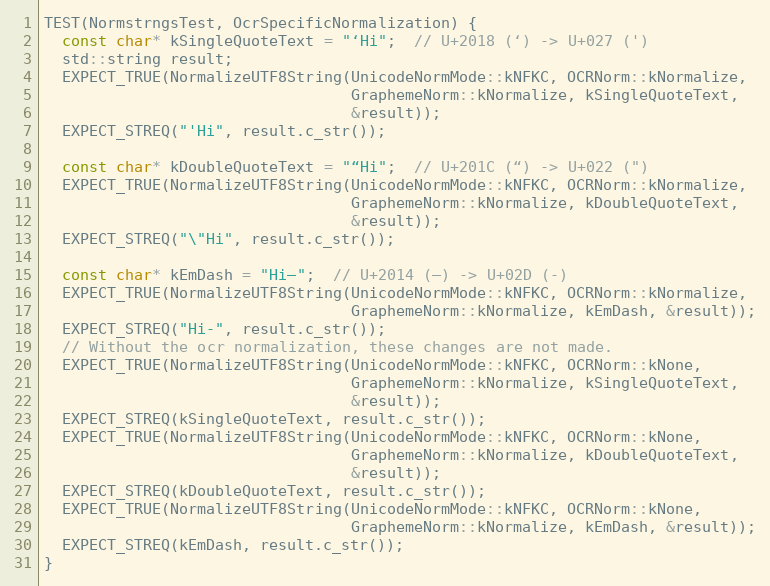
Language: C++
TEST(NormstrngsTest, OcrSpecificNormalization) {
  const char* kSingleQuoteText = "‘Hi";  // U+2018 (‘) -> U+027 (')
  std::string result;
  EXPECT_TRUE(NormalizeUTF8String(UnicodeNormMode::kNFKC, OCRNorm::kNormalize,
                                  GraphemeNorm::kNormalize, kSingleQuoteText,
                                  &result));
  EXPECT_STREQ("'Hi", result.c_str());

  const char* kDoubleQuoteText = "“Hi";  // U+201C (“) -> U+022 (")
  EXPECT_TRUE(NormalizeUTF8String(UnicodeNormMode::kNFKC, OCRNorm::kNormalize,
                                  GraphemeNorm::kNormalize, kDoubleQuoteText,
                                  &result));
  EXPECT_STREQ("\"Hi", result.c_str());

  const char* kEmDash = "Hi—";  // U+2014 (—) -> U+02D (-)
  EXPECT_TRUE(NormalizeUTF8String(UnicodeNormMode::kNFKC, OCRNorm::kNormalize,
                                  GraphemeNorm::kNormalize, kEmDash, &result));
  EXPECT_STREQ("Hi-", result.c_str());
  // Without the ocr normalization, these changes are not made.
  EXPECT_TRUE(NormalizeUTF8String(UnicodeNormMode::kNFKC, OCRNorm::kNone,
                                  GraphemeNorm::kNormalize, kSingleQuoteText,
                                  &result));
  EXPECT_STREQ(kSingleQuoteText, result.c_str());
  EXPECT_TRUE(NormalizeUTF8String(UnicodeNormMode::kNFKC, OCRNorm::kNone,
                                  GraphemeNorm::kNormalize, kDoubleQuoteText,
                                  &result));
  EXPECT_STREQ(kDoubleQuoteText, result.c_str());
  EXPECT_TRUE(NormalizeUTF8String(UnicodeNormMode::kNFKC, OCRNorm::kNone,
                                  GraphemeNorm::kNormalize, kEmDash, &result));
  EXPECT_STREQ(kEmDash, result.c_str());
}